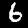
Digit: 6